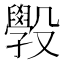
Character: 𭯄